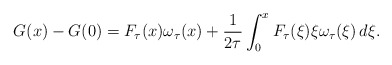
\begin{align*}G(x)-G(0)=F_\tau(x)\omega_\tau(x)+\frac{1}{2\tau}\int_0^x F_\tau(\xi)\xi \omega_\tau(\xi)\,d\xi.\end{align*}